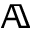
\mathbb { A }